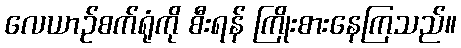
လေယာဉ်စက်ရုံကို စီးရန် ကြိုးစားနေကြသည်။